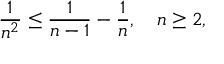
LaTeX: { \frac { 1 } { n ^ { 2 } } } \leq { \frac { 1 } { n - 1 } } - { \frac { 1 } { n } } , \quad n \geq 2 ,